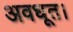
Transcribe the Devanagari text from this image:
अवधूत।